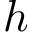
h